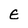
Character: E